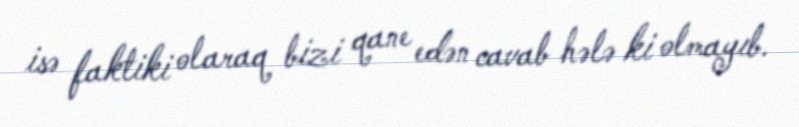
isə faktiki olaraq bizi qane edən cavab hələ ki olmayıb.